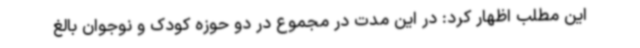
این مطلب اظهار کرد: در این مدت در مجموع در دو حوزه کودک و نوجوان بالغ